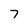
Character: 7